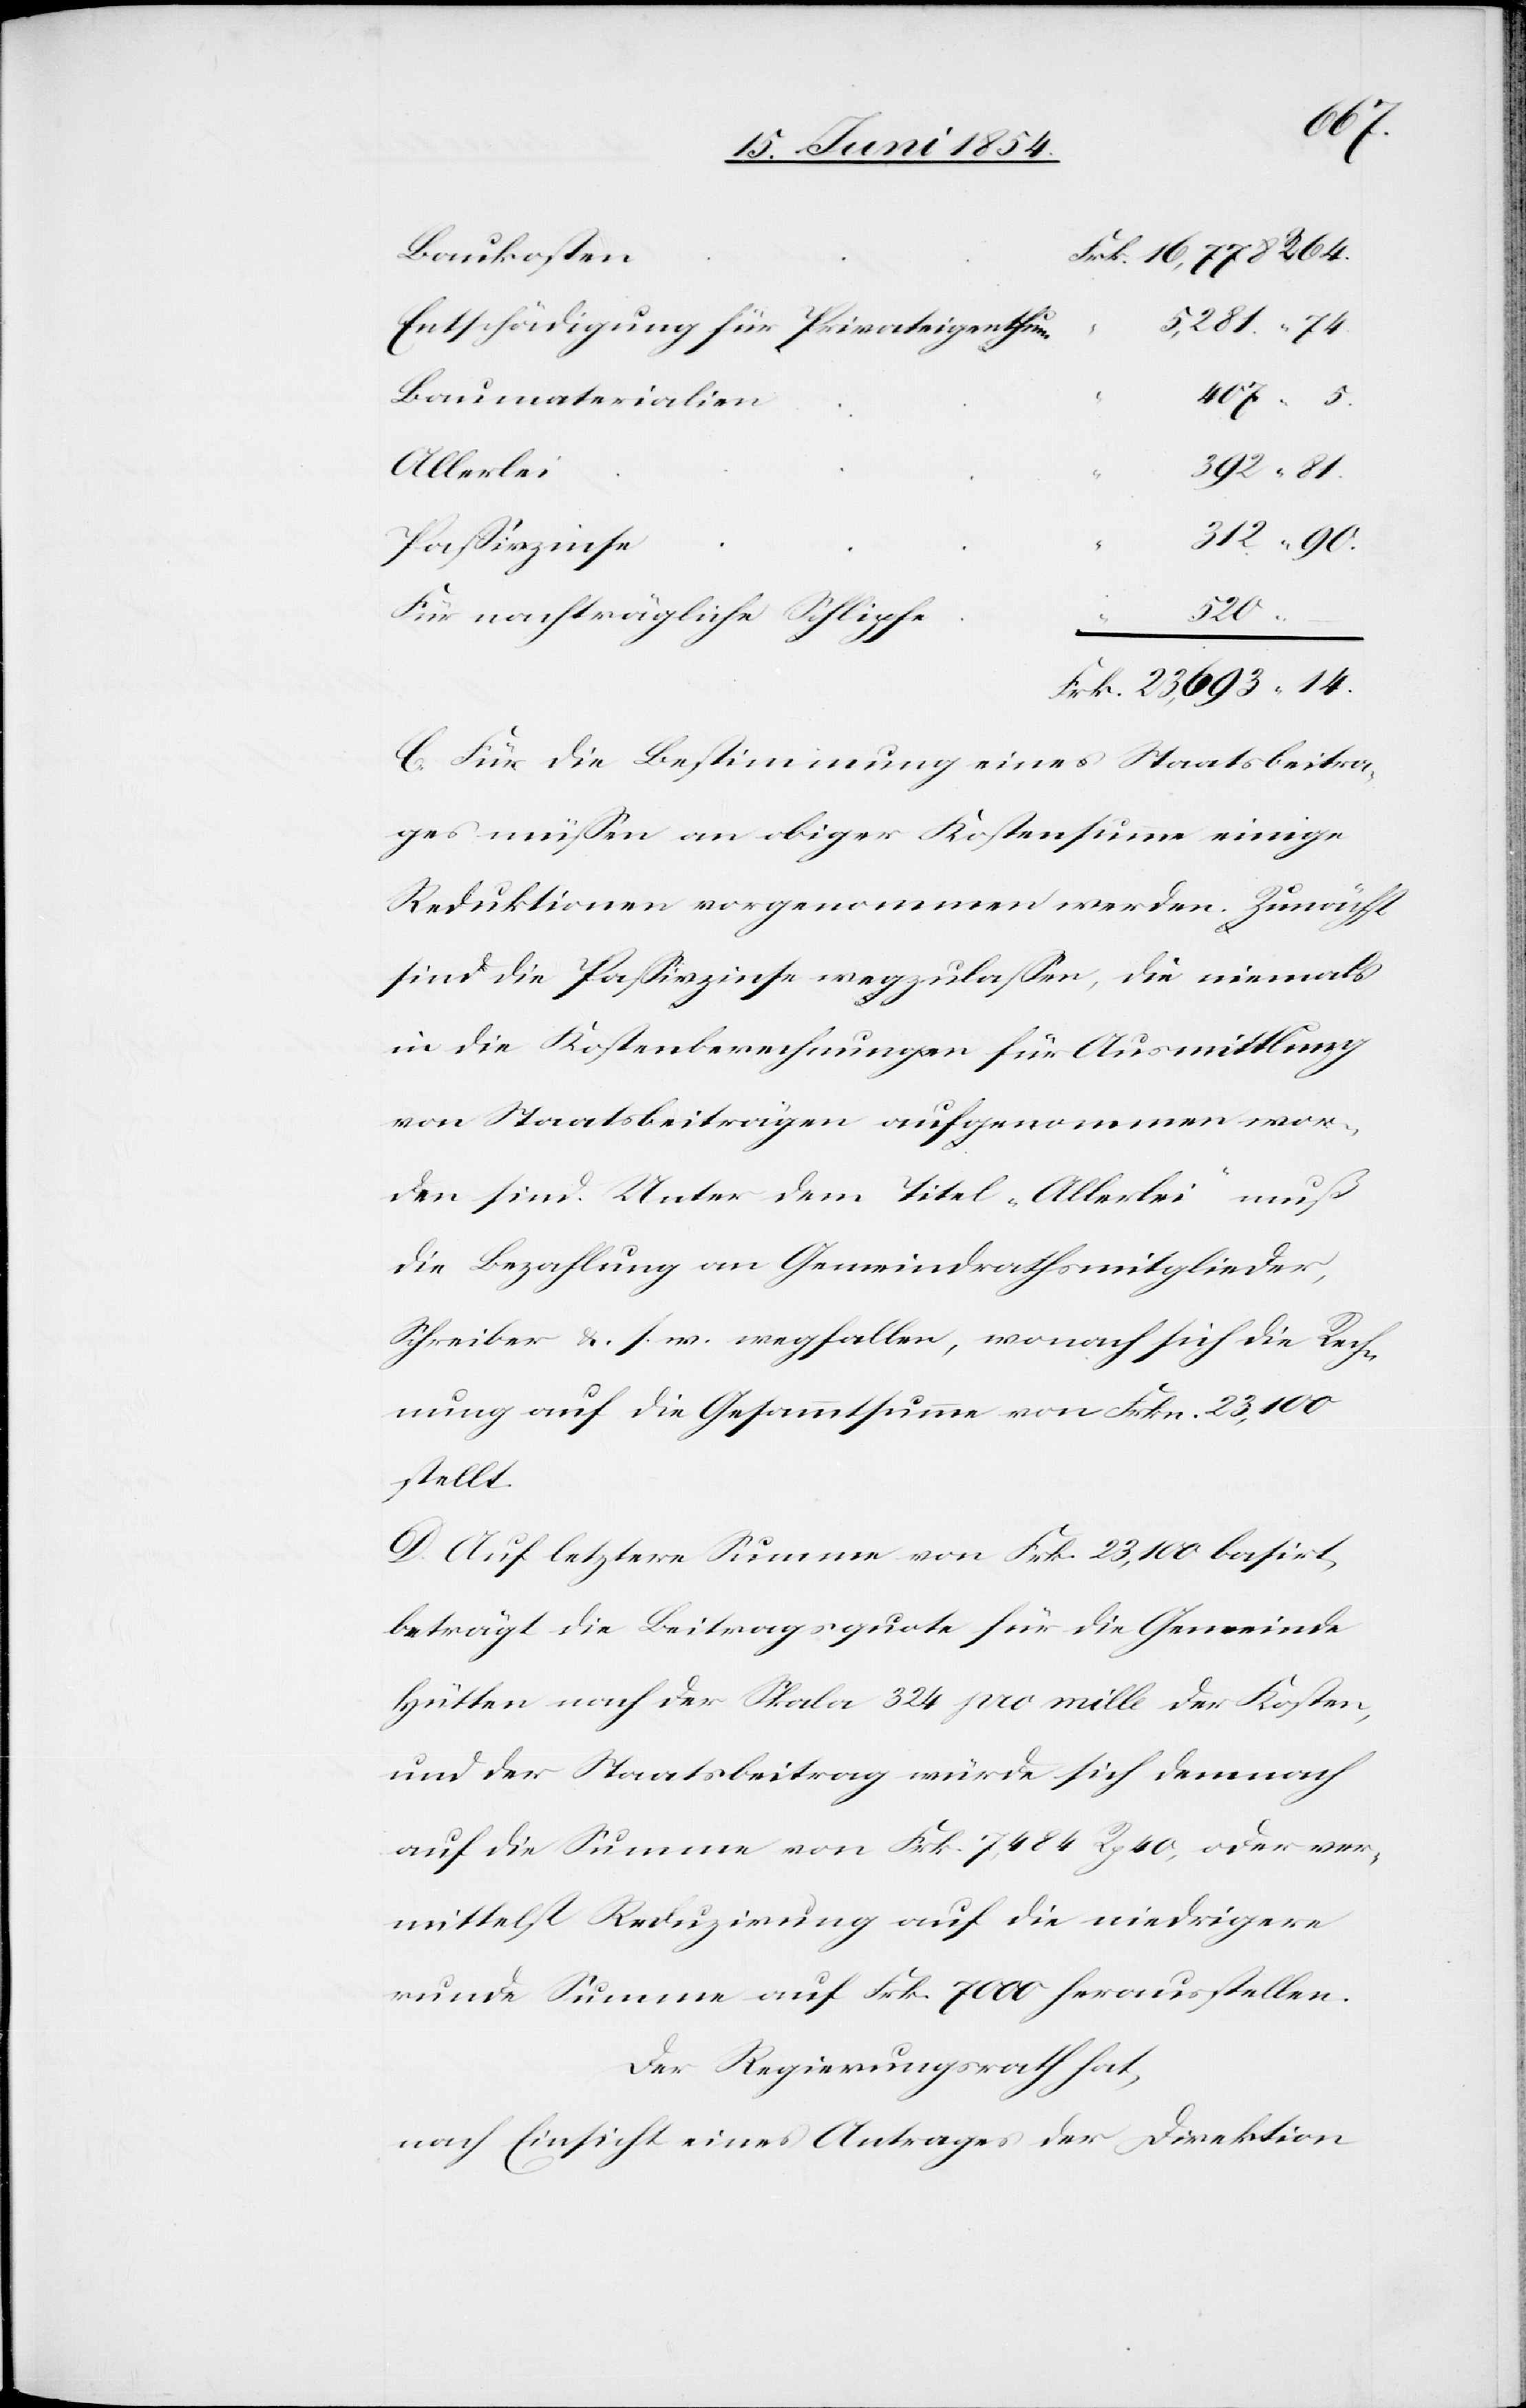
14.
Baukosten
Entschädigung für Privateigenthum
Baumaterialien
16,778.
Allerlei
392.
Paßivzinse
520.
Für nachträgliche Schlipfe
–
C. Für die Bestimmung eines Staatsbeitra¬
ges müßen an obiger Kostensumme einige
Reduktionen vorgenommen werden. Zunächst
sind die Paßivzinse wegzulaßen, die niemals
5.
in die Kostenberechnungen für Ausmittlung
von Staatsbeiträge aufgenommen wor¬
den sind. unter dem Titel „Allerlei“ muß
die Bezahlung an Gemeindrathsmitglieder,
Schreiber u. s. w. wegfallen, wonach sich die Rech¬
nung auf die Gesamtsumme von Frk. 23,100
stellt.
D. Auf letztere Summe von Frk. 23,100 basirt,
beträgt die Beitragsquote für die Gemeinde
Hütten nach der Skala 324 pro mille der Kosten,
und der Staatsbeitrag würde sich demnach
auf die Summe von Frk. 7,484 Rp. 40, oder ver¬
mittelst Reduzirung auf die niedrigere
runde Summe auf Frk. 7000 herausstellen.
Der Regierungsrath hat,
nach Einsicht eines Antrages der Direktion